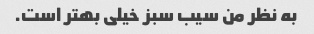
به نظر من سیب سبز خیلی بهتر است.